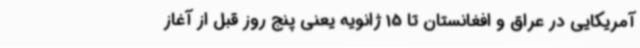
آمریکایی در عراق و افغانستان تا 15 ژانویه یعنی پنج روز قبل از آغاز